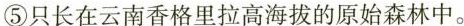
⑤只长在云南香格里拉高海拔的原始森林中。